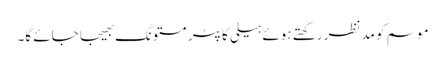
موسم کو مدنظر رکھتے ہوئے ہیلی کاپٹر مستونگ بھیجا جائے گا۔